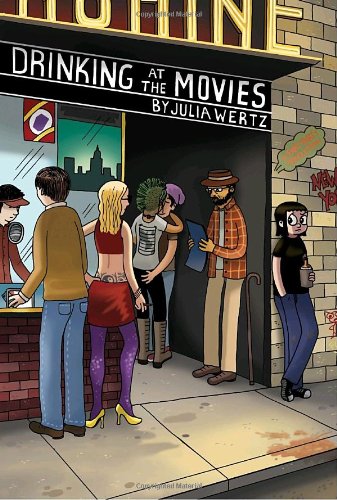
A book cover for Drinking at the Movies; Julia Wertz; Comics & Graphic Novels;